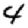
Digit: 4